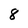
Character: 8